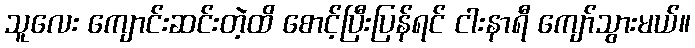
သူလေး ကျောင်းဆင်းတဲ့ထိ စောင့်ပြီးပြန်ရင် ငါးနာရီ ကျော်သွားမယ်။